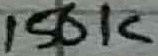
Text: 150K